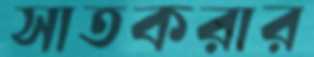
সাতকরার